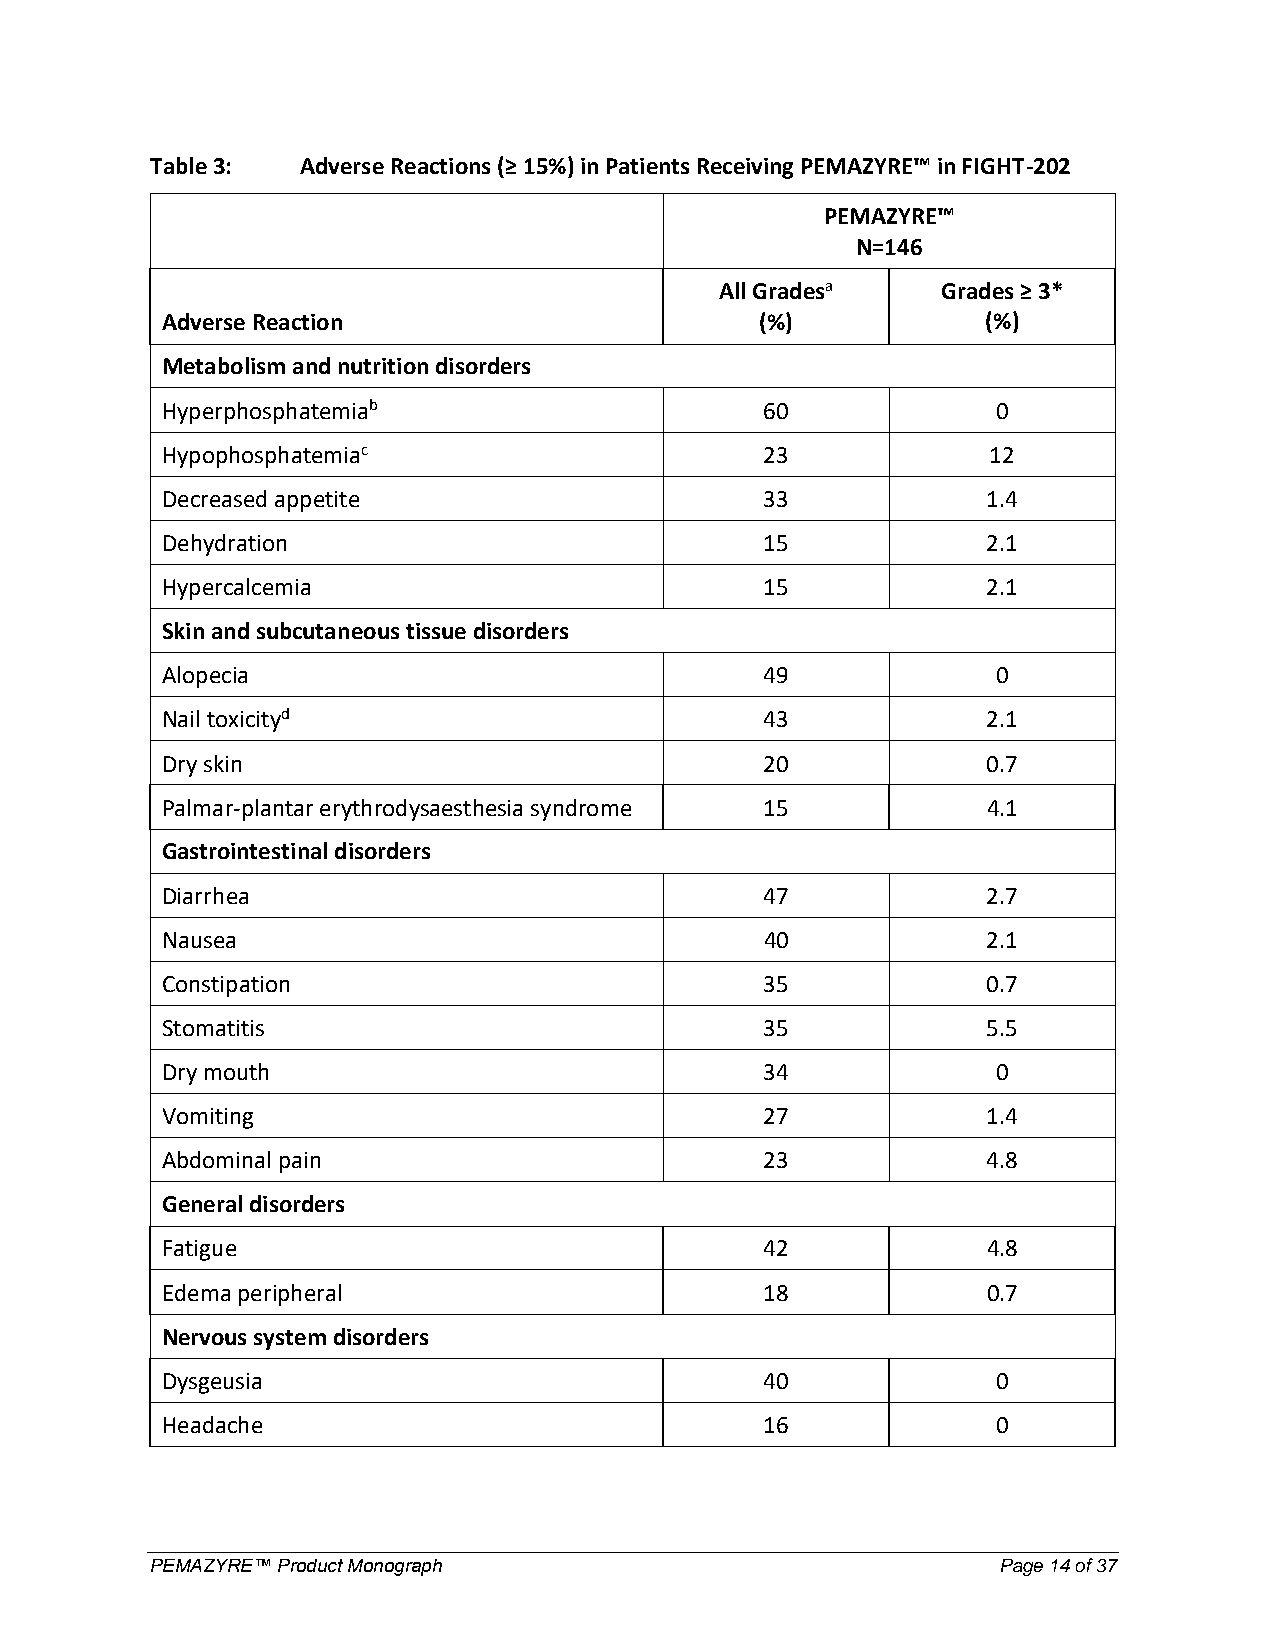
Table 3:  Adverse Reactions (≥ 15%) in Patients Receiving PEMAZYRE™ in FIGHT-202
 PEMAZYRE™
 N=146
 All Gradesa   Grades ≥ 3*
 Adverse Reaction                       (%)            (%)
 Metabolism and nutrition disorders
 Hyperphosphatemiab                      60             0
 Hypophosphatemiac                       23            12
 Decreased appetite                      33            1.4
 Dehydration                             15            2.1
 Hypercalcemia                           15            2.1
 Skin and subcutaneous tissue disorders
 Alopecia                                49             0
 Nail toxicityd                          43            2.1
 Dry skin                                20            0.7
 Palmar-plantar erythrodysaesthesia syndrome 15        4.1
 Gastrointestinal disorders
 Diarrhea                                47            2.7
 Nausea                                  40            2.1
 Constipation                            35            0.7
 Stomatitis                              35            5.5
 Dry mouth                               34             0
 Vomiting                                27            1.4
 Abdominal pain                          23            4.8
 General disorders
 Fatigue                                 42            4.8
 Edema peripheral                        18            0.7
 Nervous system disorders
 Dysgeusia                               40             0
 Headache                                16             0
 PEMAZYRE™ Product Monograph                             Page 14 of 37